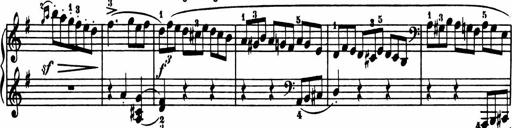
Title: Sonatina in G major
Composer: Friedrich Kuhlau
Key: G major